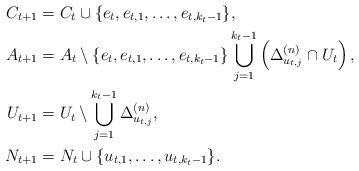
LaTeX: \begin{align*} C_{t+1} &= C_t \cup \{ e_t, e_{t, 1}, \dots, e_{t, k_t - 1} \}, \\ A_{t+1} &= A_t \setminus \{ e_t, e_{t, 1}, \dots, e_{t, k_t - 1} \} \bigcup_{j=1}^{k_t -1} \left ( \Delta^{(n)}_{u_{t,j}} \cap U_t \right ),\\ U_{t+1} &= U_t \setminus \bigcup_{j=1}^{k_t - 1} \Delta^{(n)}_{u_{t, j}}, \\ N_{t+1} &= N_t \cup \{ u_{t, 1}, \dots, u_{t, k_t - 1} \}.\end{align*}